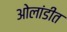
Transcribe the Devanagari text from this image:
ओलांडीत